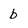
Character: b